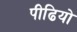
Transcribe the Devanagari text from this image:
पीढियो